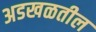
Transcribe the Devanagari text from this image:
अडखळतील